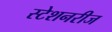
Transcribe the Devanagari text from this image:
स्टेशनरीज